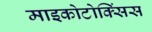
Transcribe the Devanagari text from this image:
माइकोटोक्सिंस